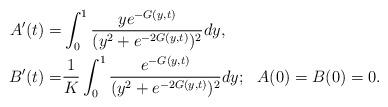
LaTeX: \begin{align*}A'(t)=&\int_0^1\frac{ye^{-G(y,t)}}{(y^2+e^{-2G(y,t)})^2}dy,\\B'(t)=&\frac{1}{K}\int_0^1\frac{e^{-G(y,t)}}{(y^2+e^{-2G(y,t)})^2}dy; \,\,\,\,A(0)=B(0)=0. \end{align*}